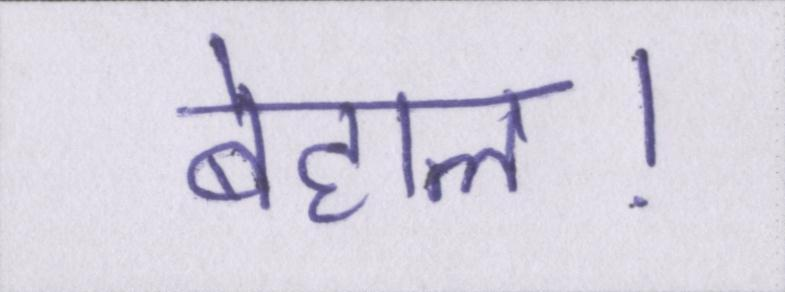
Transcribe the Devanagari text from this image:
बेहाल।